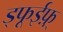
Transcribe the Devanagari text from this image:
ड्फूईफ़़्